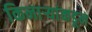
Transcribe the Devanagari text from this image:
किनाऱ्यांकडून